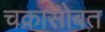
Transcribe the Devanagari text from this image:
चक्रासोबत